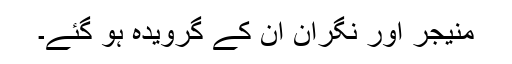
منیجر اور نگران ان کے گرویدہ ہو گئے۔